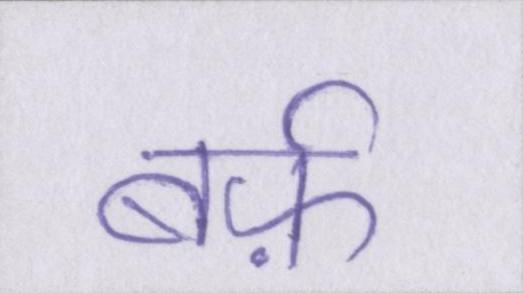
बर्फ़